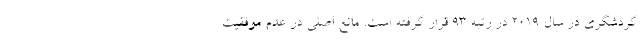
گردشگری در سال 2019 در رتبه 93 قرار گرفته است. مانع اصلی در عدم موفقیت